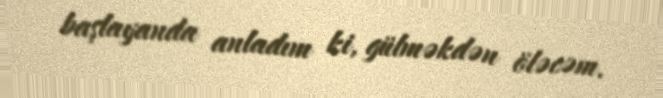
başlayanda anladım ki, gülməkdən öləcəm.